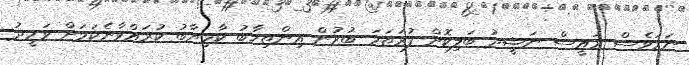
ނަމަވެސް ރައީސް ނަޝީދު ބަލިކޮށް ފުރަތަމަ ބުރުން އިންތިޚާބު ކާމިޔާބު ކުރައްވާނެކަމަށް ވަހީދު